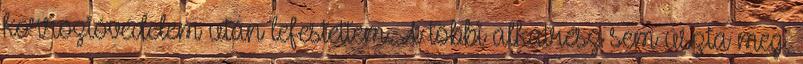
korrózióvédelem után lefestettem. A többi alkatrész sem úszta meg,